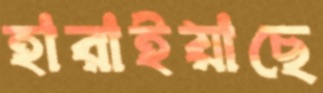
হারাইয়াছে